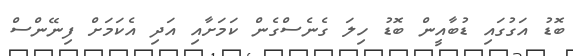
ބޮޑު އަގުގައި ޑުބާއީން ބޮޑު ހިލަ ގެނެސްގެން ކަމަށާއި އަދި އެކަމަށް ފިނޭންސް